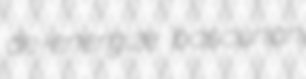
de-energize bascunan